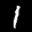
Label: 1